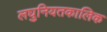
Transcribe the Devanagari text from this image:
लघुनियतकालिक